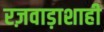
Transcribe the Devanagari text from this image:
रज़वाड़ाशाही